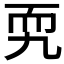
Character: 𦓑